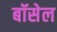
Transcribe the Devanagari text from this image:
बॉसेल